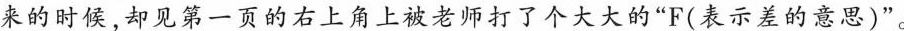
来的时候，却见第一页的右上角上被老师打了个大大的”F(表示差的意思)”。